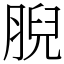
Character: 腉